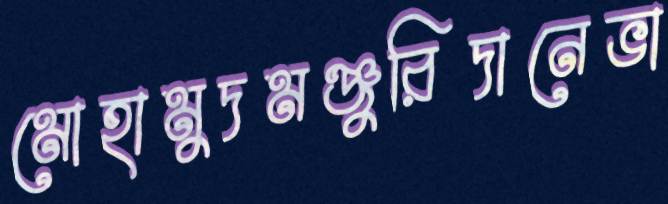
মোহামুদমঞ্জুরিদানেভা